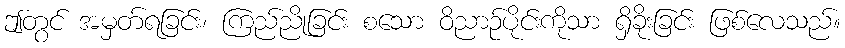
ဤတွင် အမှတ်ရခြင်း၊ ကြည်ညိုခြင်း စသော ဝိညာဉ်ပိုင်းကိုသာ ရှိခိုးခြင်း ဖြစ်လေသည်။